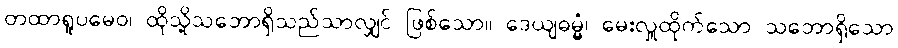
တထာရူပမေဝ၊ ထိုသို့သဘောရှိသည်သာလျှင် ဖြစ်သော။ ဒေယျဓမ္မံ၊ မေးလှူထိုက်သော သဘောရှိသော